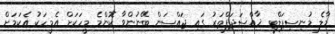
މާލެ މުނިސިޕަލްޓީ ޚާއްސަދަފްތަރު ގައި ޖައްސަން ބޭނުންވާ ކޮންމެ މީހަކަށް އެމީހަކު އެކަމަށް